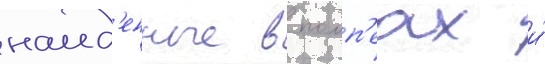
наид'енные в помп'еах и́